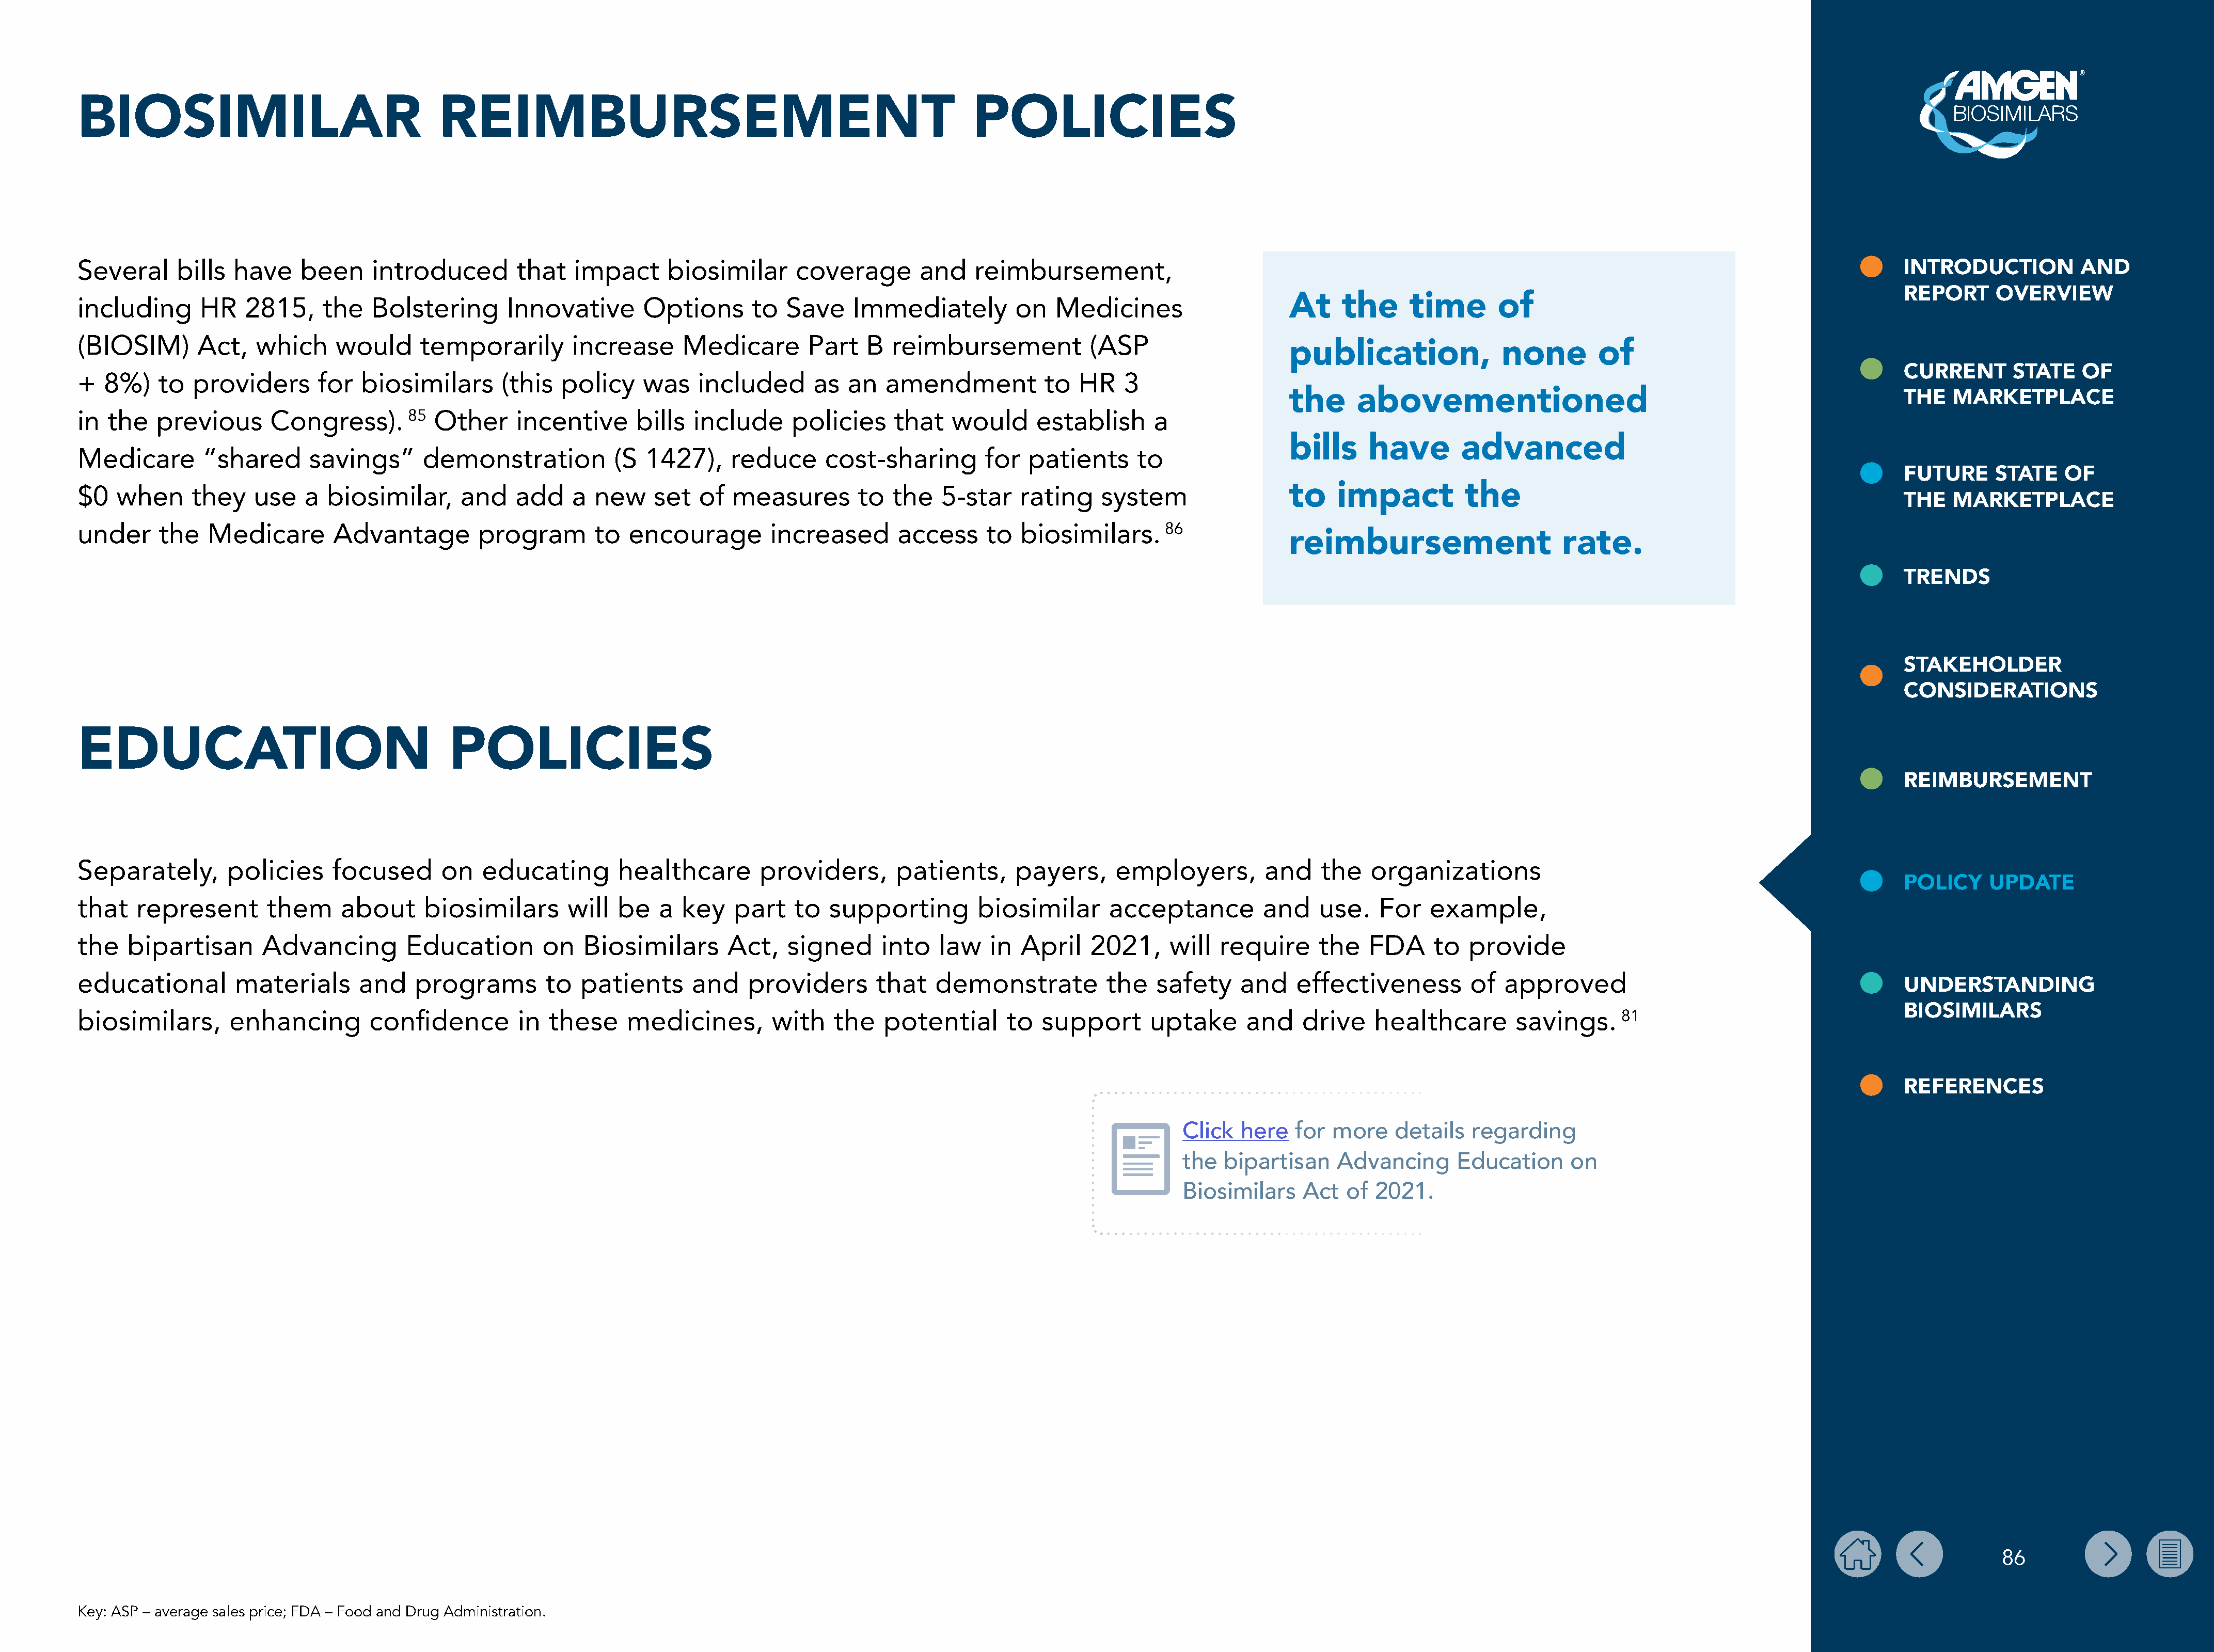
BIOSIMILAR                                    REIMBURSEMENT                                                        POLICIES
 Several      bills  have    been      introduced        that    impact      biosimilar      coverage        and    reimbursement,                                                                                                         INTRODUCTION           AND
 REPORT      OVERVIEW
 including       HR   2815,     the    Bolstering       Innovative       Options       to   Save    Immediately          on   Medicines                     At     the      time       of
 (BIOSIM)       Act,    which     would      temporarily        increase      Medicare         Part   B  reimbursement             (ASP
 publication,                none        of
 CURRENT       STATE    OF
 +  8%)    to   providers       for  biosimilars       (this   policy    was    included       as   an   amendment           to  HR    3
 the      abovementioned                                                        THE   MARKETPLACE
 in  the   previous       Congress).       85  Other     incentive       bills  include     policies      that   would      establish      a
 bills     have        advanced
 Medicare        “shared       savings”      demonstration            (S  1427),     reduce      cost-sharing        for   patients      to
 FUTURE      STATE    OF
 $0   when      they    use   a  biosimilar,      and    add    a  new     set   of  measures        to  the    5-star    rating    system                  to    impact           the
 THE   MARKETPLACE
 under     the    Medicare        Advantage         program        to   encourage         increased       access     to   biosimilars.      86
 reimbursement                      rate.
 TRENDS
 STAKEHOLDER
 CONSIDERATIONS
 EDUCATION                                       POLICIES
 REIMBURSEMENT
 Separately,        policies      focused       on   educating        healthcare        providers,        patients,      payers,      employers,         and    the    organizations
 POLICY     UPDATE
 that   represent        them      about     biosimilars        will  be   a  key    part    to  supporting         biosimilar       acceptance          and    use.    For   example,
 the   bipartisan        Advancing         Education         on   Biosimilars       Act,    signed      into   law    in  April    2021,     will  require      the   FDA      to  provide
 educational         materials       and    programs         to  patients       and    providers       that    demonstrate           the   safety     and    effectiveness         of   approved
 UNDERSTANDING
 BIOSIMILARS
 biosimilars,       enhancing         confidence         in  these     medicines,         with   the    potential      to   support       uptake      and    drive    healthcare        savings.       81
 REFERENCES
 Click  here   for  more    details   regarding
 the  bipartisan    Advancing       Education     on
 Biosimilars    Act   of 2021.
 86
 Key: ASP – average sales price; FDA – Food and Drug Administration.